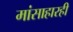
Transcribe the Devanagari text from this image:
मांसाहारही